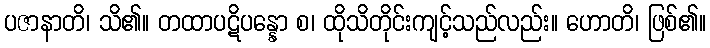
ပဇာနာတိ၊ သိ၏။ တထာပဋိပန္နော စ၊ ထိုသိတိုင်းကျင့်သည်လည်း။ ဟောတိ၊ ဖြစ်၏။